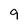
Character: 9